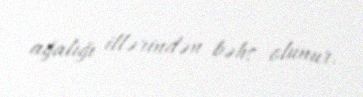
ağalığı illərindən bəhs olunur.